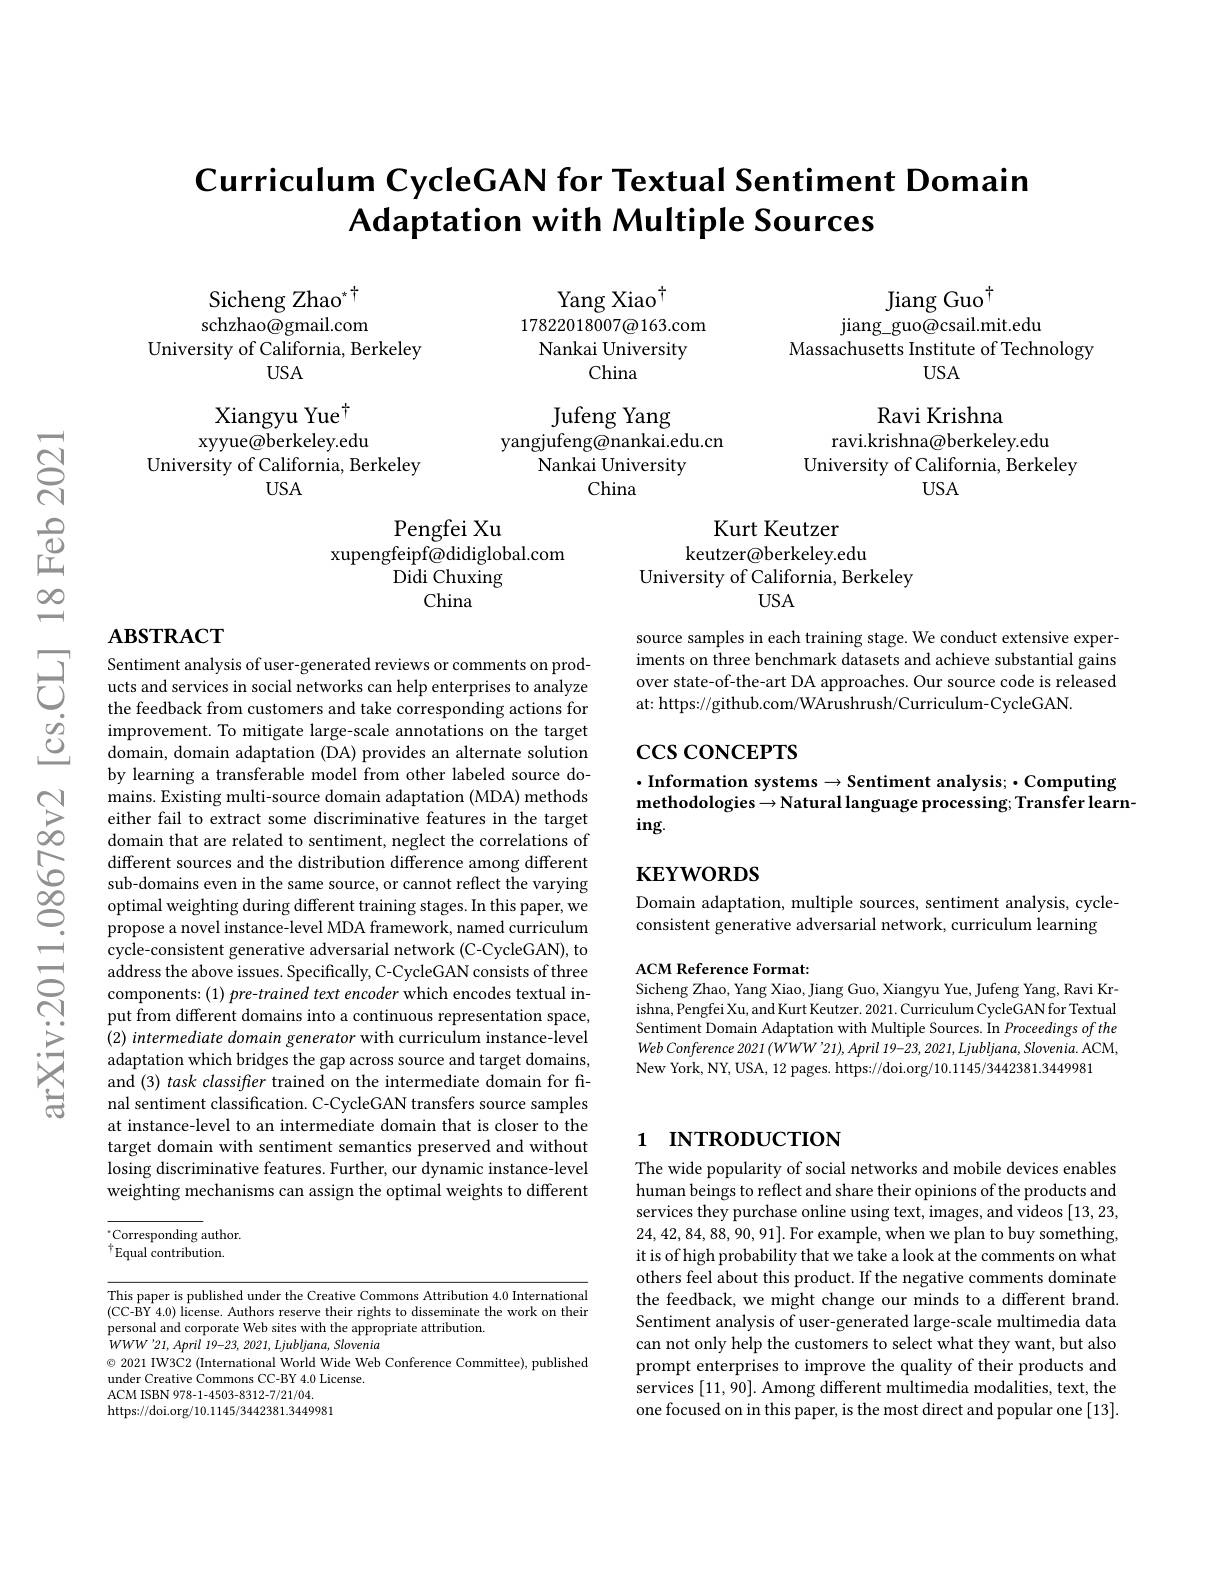
# Curriculum CycleGAN for Textual Sentiment Domain Adaptation with Multiple Sources

Sicheng Zhao$^{*}$ schzhao@gmail.com
University of California, Berkeley
$USA$

Xiangyu Yue$^{\dagger}$ xyyue@berkeley.edu
University of California, Berkeley
$USA$

## $ABSTRACT$

Sentiment analysis of user-generated reviews or comments on products and services in social networks can help enterprises to analyze the feedback from customers and take corresponding actions for improvement. To mitigate large-scale annotations on the target domain, domain adaptation (DA) provides an alternate solution by learning a transferable model from other labeled source domains. Existing multi-source domain adaptation (MDA) methods either fail to extract some discriminative features in the target domain that are related to sentiment, neglect the correlations of different sources and the distribution difference among different sub-domains even in the same source, or cannot reflect the varying optimal weighting during different training stages. In this paper, we propose a novel instance-level MDA framework, named curriculum cycle-consistent generative adversarial network (C-CycleGAN), to address the above issues. Specifically, C-CycleGAN consists of three components: (1) pre-trained text encoder which encodes textual input from different domains into a continuous representation space, (2) intermediate domain generator with curriculum instance-level adaptation which bridges the gap across source and target domains, and (3) task classifler trained on the intermediate domain for final sentiment classification. C-CycleGAN transfers source samples at instance-level to an intermediate domain that is closer to the target domain with sentiment semantics preserved and without losing discriminative features. Further, our dynamic instance-level weighting mechanisms can assign the optimal weights to different

$\because$Corresponding author. $^{\dagger}$Equal contribution.

This paper is published under the Creative Commons Attribution 4.0 International (CC-BY 4.0) license. Authors reserve their rights to disseminate the work on their personal and corporate Web sites with the appropriate attribution.
$WWW^{\prime}21,April$ 19-23, 2021, Ljubljana, Slovenia
$\odot$ 2021 IW3C2 (International World Wide Web Conference Committee), published
under Creative Commons CC-BY 4.0 License.
ACM ISBN 978-1-4503-8312-7/21/04.
https://doi.org/10.1145/3442381.3449981

Jiang Guo$^{\dagger}$
$\operatorname{jiang\_guo@csail.mit.edu}$
Massachusetts Institute of Technology
$USA$

Yang Xiao$^{\dagger}$
$17822018007\textcircled{a}163.$com Nankai University
China
Jufeng Yang
yangjufeng@nankai.edu.cn
Nankai University
China

Ravi Krishna
ravi.krishna@berkeley.edu
University of California, Berkeley
USA

Pengfei Xu
xupengfeipf@didiglobal.com
${\hat{\mathrm{Didi~Chuxing}}}$
China

Kurt Keutzer
keutzer@berkeley.edu
University of California, Berkeley
$USA$

source samples in each training stage. We conduct extensive experiments on three benchmark datasets and achieve substantial gains over state-of-the-art DA approaches. Our source code is released at: https://github.com/WArushrush/Curriculum-CycleGAN

# $\csc\csc$coNCEPTS

$\cdot$Information systems$\to$Sentiment analysis; $\cdot$Computing
methodologies $\to$Natural language processing; Transfer learn-
$ing.$

## $\mathbf{KEYWORDS}$

Domain adaptation, multiple sources, sentiment analysis, cycle- $\dot{\text{consistent generative adversarial network, curriculum learning}}$

ACM Reference Format:
Sicheng Zhao, Yang Xiao, Jiang Guo, Xiangyu Yue, Jufeng Yang, Ravi Krishna, Pengfei Xu, and Kurt Keutzer. 2021. Curriculum CycleGAN for Textual Sentiment Domain Adaptation with Multiple Sources. In Proceedings of the Web Conference 2021 (WWW’21), April 19-23, 2021, Ljubljana, Slovenia. ACM, New York, NY, USA, 12 pages. https://doi.org/10.1145/3442381.3449981

## 1 INTRODUCTION

The wide popularity of social networks and mobile devices enables human beings to reflect and share their opinions of the products and services they purchase online using text, images, and videos [13,23, 24,42,84,88,90,91].For example, when we plan to buy something, it is of high probability that we take a look at the comments on what others feel about this product. If the negative comments dominate the feedback, we might change our minds to a different brand. Sentiment analysis of user-generated large-scale multimedia data can not only help the customers to select what they want, but also prompt enterprises to improve the quality of their products and services [11,90]. Among different multimedia modalities, text, the one focused on in this paper, is the most direct and popular one [13].